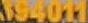
194011